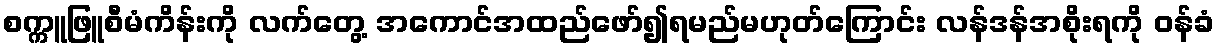
စက္ကူဖြူစီမံကိန်းကို လက်တွေ့ အကောင်အထည်ဖော်၍ရမည်မဟုတ်ကြောင်း လန်ဒန်အစိုးရကို ဝန်ခံ